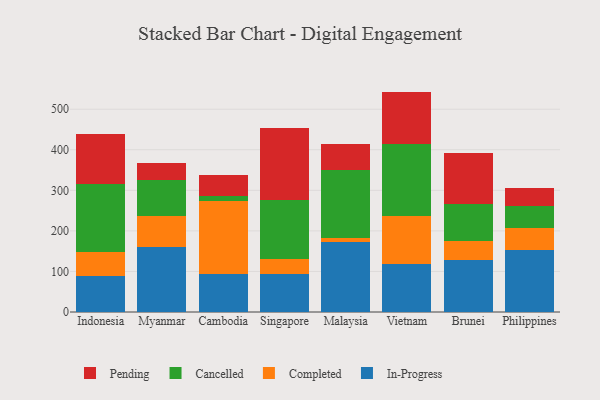
{"axis": {"x": "Country", "y": "Customer Acquisition Cost (USD)"}, "legend": ["Cancelled", "Completed", "In-Progress", "Pending"], "data": [{"x": "Indonesia", "y": 88.2, "type": "In-Progress"}, {"x": "Indonesia", "y": 59.2, "type": "Completed"}, {"x": "Indonesia", "y": 167.8, "type": "Cancelled"}, {"x": "Indonesia", "y": 123.0, "type": "Pending"}, {"x": "Myanmar", "y": 161.0, "type": "In-Progress"}, {"x": "Myanmar", "y": 76.5, "type": "Completed"}, {"x": "Myanmar", "y": 88.6, "type": "Cancelled"}, {"x": "Myanmar", "y": 42.4, "type": "Pending"}, {"x": "Cambodia", "y": 94.5, "type": "In-Progress"}, {"x": "Cambodia", "y": 178.2, "type": "Completed"}, {"x": "Cambodia", "y": 12.4, "type": "Cancelled"}, {"x": "Cambodia", "y": 52.3, "type": "Pending"}, {"x": "Singapore", "y": 92.6, "type": "In-Progress"}, {"x": "Singapore", "y": 38.0, "type": "Completed"}, {"x": "Singapore", "y": 145.9, "type": "Cancelled"}, {"x": "Singapore", "y": 177.6, "type": "Pending"}, {"x": "Malaysia", "y": 173.0, "type": "In-Progress"}, {"x": "Malaysia", "y": 8.5, "type": "Completed"}, {"x": "Malaysia", "y": 168.0, "type": "Cancelled"}, {"x": "Malaysia", "y": 64.1, "type": "Pending"}, {"x": "Vietnam", "y": 118.1, "type": "In-Progress"}, {"x": "Vietnam", "y": 118.2, "type": "Completed"}, {"x": "Vietnam", "y": 178.5, "type": "Cancelled"}, {"x": "Vietnam", "y": 128.6, "type": "Pending"}, {"x": "Brunei", "y": 129.0, "type": "In-Progress"}, {"x": "Brunei", "y": 47.2, "type": "Completed"}, {"x": "Brunei", "y": 90.6, "type": "Cancelled"}, {"x": "Brunei", "y": 125.7, "type": "Pending"}, {"x": "Philippines", "y": 152.0, "type": "In-Progress"}, {"x": "Philippines", "y": 54.2, "type": "Completed"}, {"x": "Philippines", "y": 55.2, "type": "Cancelled"}, {"x": "Philippines", "y": 45.3, "type": "Pending"}]}